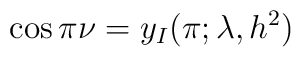
\cos\pi\nu=y_I(\pi;\lambda, h^2)